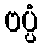
ဗပ္ပံ